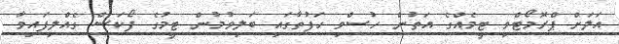
އަލަށް ޕްރޮމޯޓްވި ޓީމެއްގެ އަތުން ހުސްވި ހަފުތާގައި ބަލިވުމުން ޓީމުގެ ފޯކަސް ގެއްލިފައިވާ